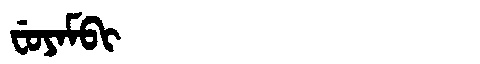
Manchu: ᠸᡠᠶᠠᠮᠪᡳ
Romanization: FUYAMBI